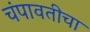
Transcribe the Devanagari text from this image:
चंपावतीचा